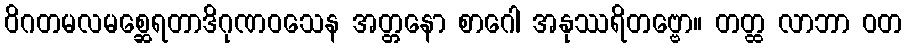
ဝိဂတမလမစ္ဆေရတာဒိဂုဏဝသေန အတ္တနော စာဂေါ အနုဿရိတဗ္ဗော။ တတ္ထ လာဘာ ဝတ